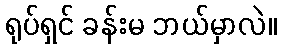
ရုပ်ရှင် ခန်းမ ဘယ်မှာလဲ။